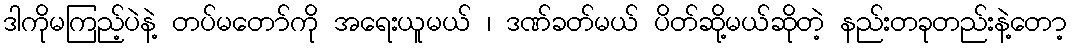
ဒါကိုမကြည့်ပဲနဲ့ တပ်မတော်ကို အရေးယူမယ် ၊ ဒဏ်ခတ်မယ် ပိတ်ဆို့မယ်ဆိုတဲ့ နည်းတခုတည်းနဲ့တော့